Leningradi_Edasi_toimetus, lk 10
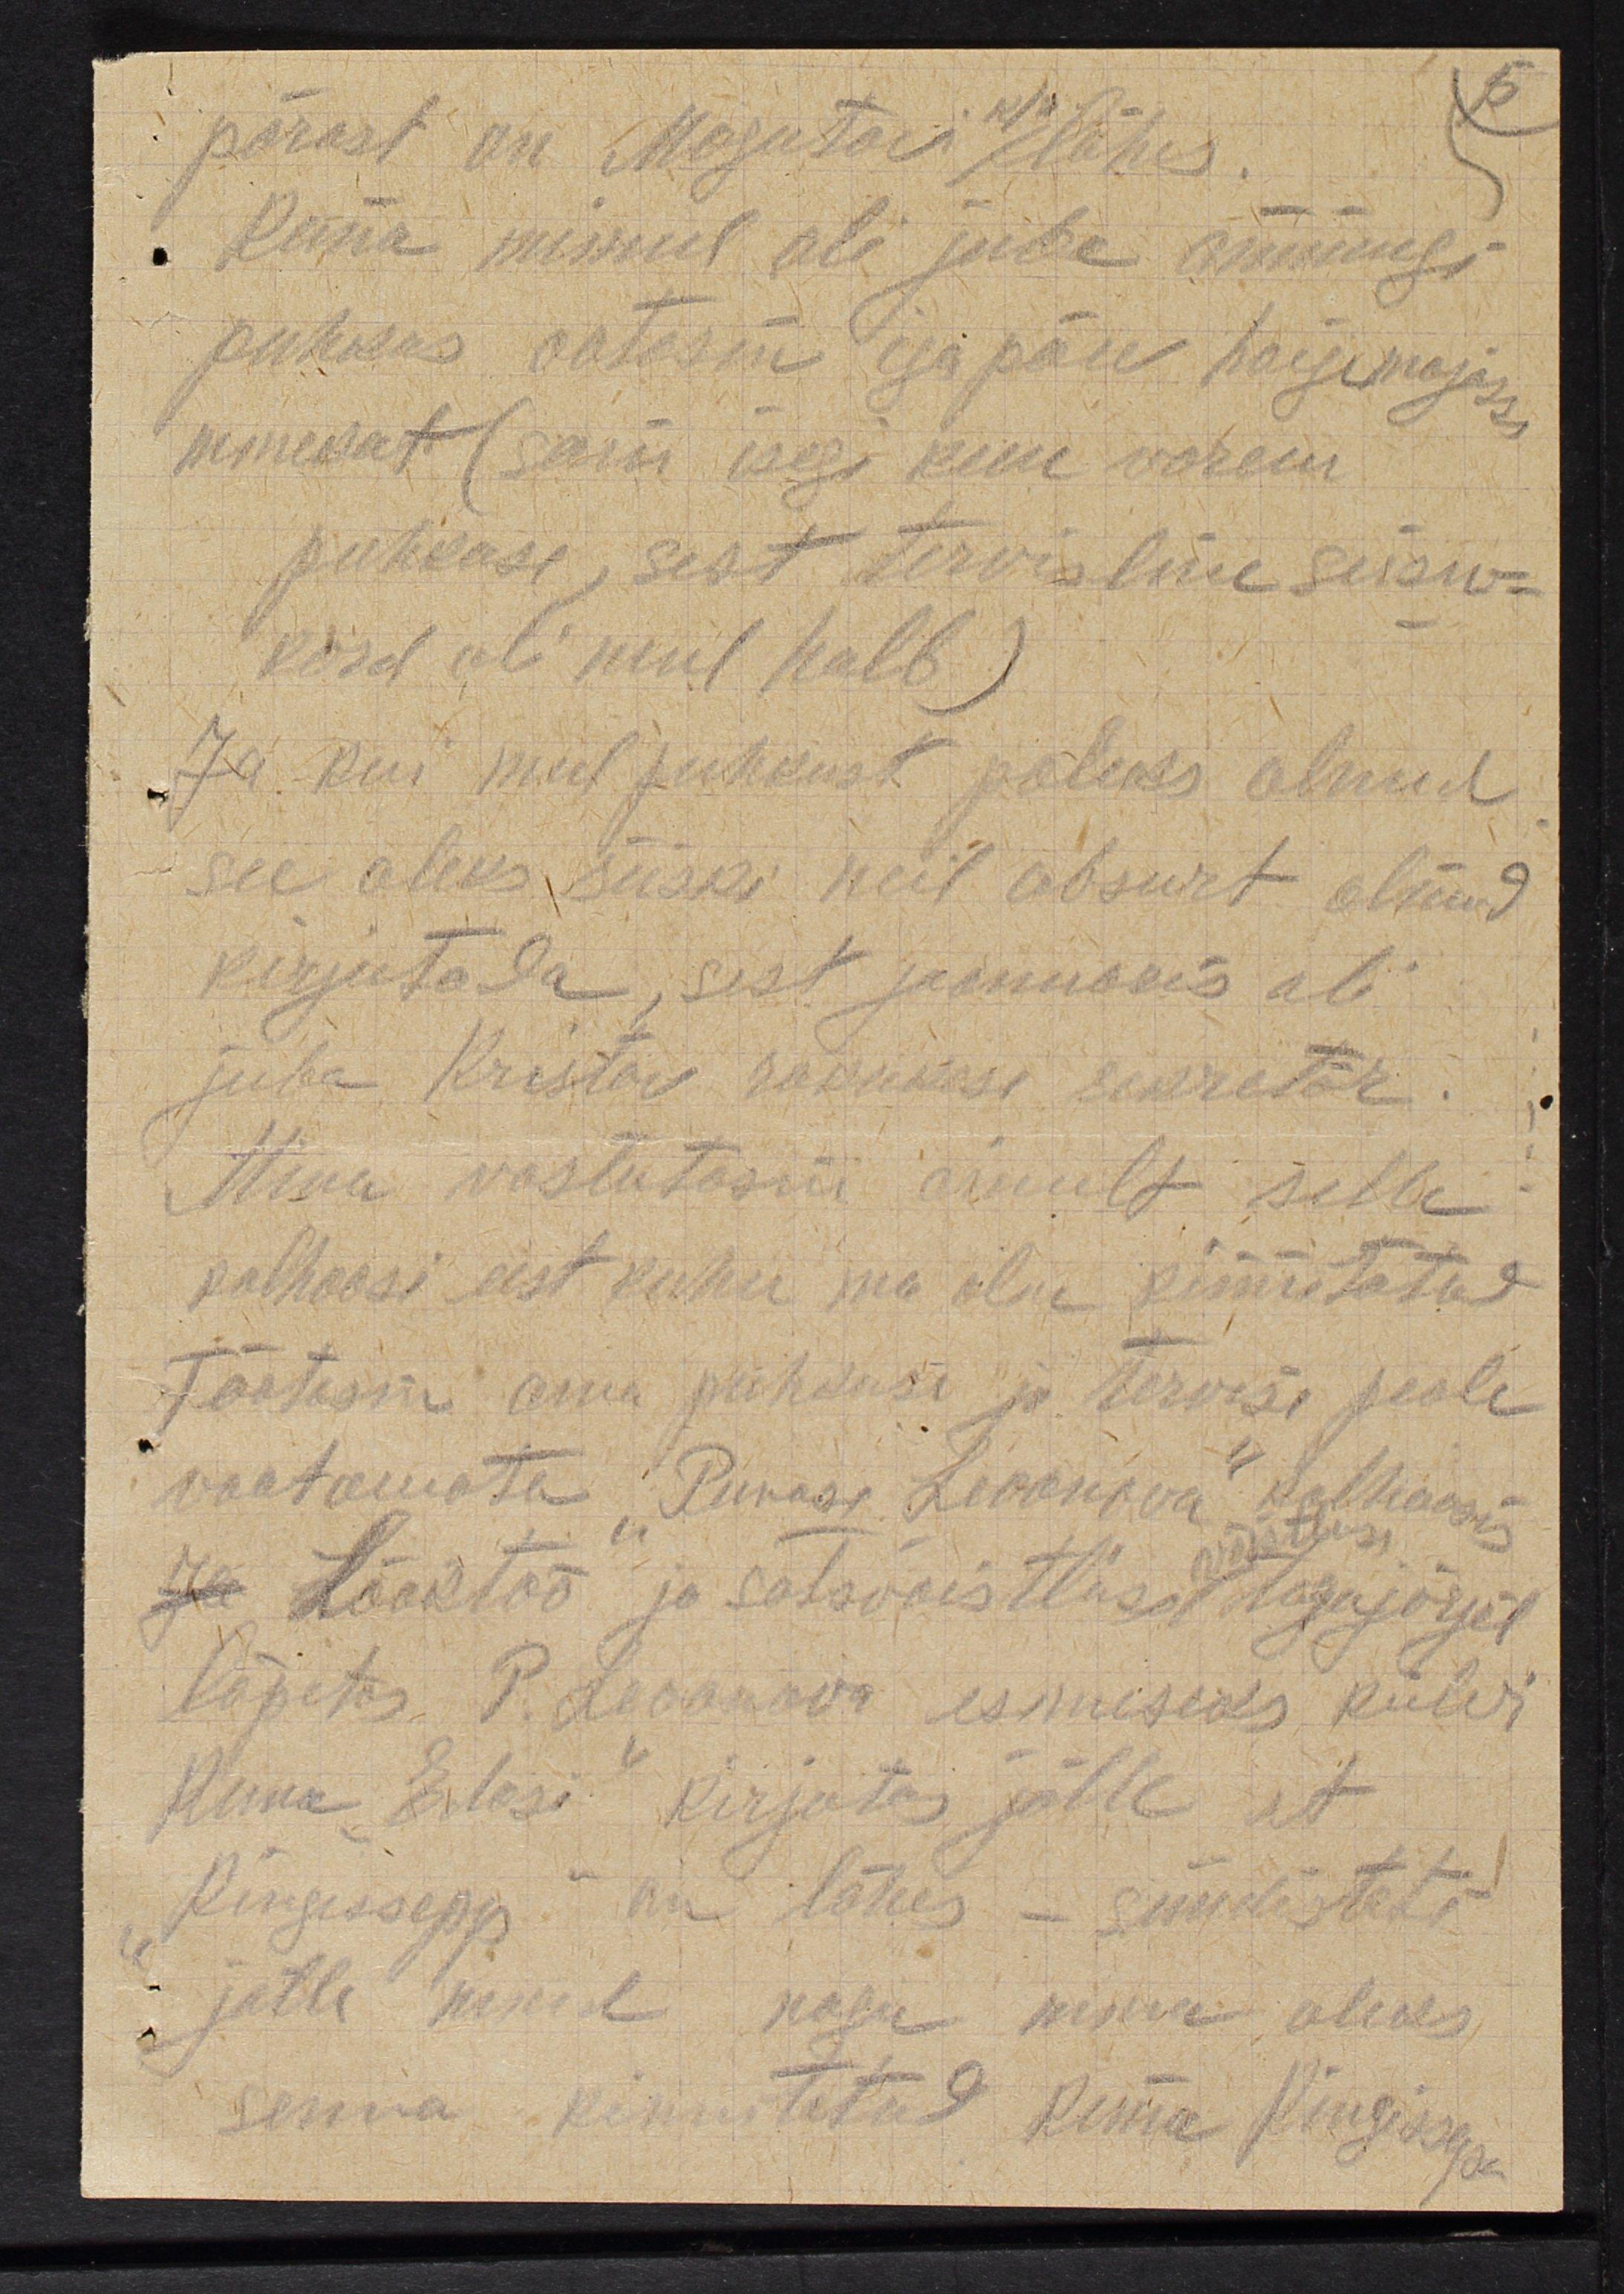
pärast on Magutovi lähes.
Kuna minul oli juba ammugi
puhkus ootasin iga päew haigemajasse
minevat (sain isegi kuu varem,
puhkuse, sest tervisline seisu-
kord oli mul halb)
Ja kui mul puhkust poleks olnud
see oleks siiski neil absurt olnud
kirjutada, sest jaanuaris oli
juba Kristov rakukese sekretär
Mina vastutasin ainult selle
kolhoosi eest kuhu ma olin kinnitatud
Töötasin oma puhkuse ja tervise peale
vaatamata: Punase Leoonova" kolhoosi
võõrutuse
ja Lööktöö ja sotsvõistluse tagajärjel
lõpetas. P. Leoonova esimeseks ruki
Kuna Edasi kirjutas jälle, et
Kingissepp on lähes - süüdistati
jälle mind nagu mina oleks
senna kinnitatud kuna Kingissega